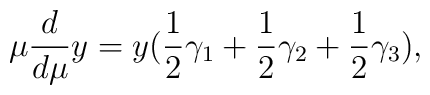
\mu\frac{d}{d\mu}y=y(\frac 12 \gamma_1+\frac 12 \gamma_2+\frac 12  \gamma_3),